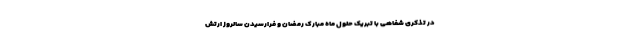
در تذکری شفاهی با تبریک حلول ماه مبارک رمضان و فرارسیدن سالروز ارتش